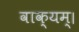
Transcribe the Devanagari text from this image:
वाक्यम्।